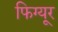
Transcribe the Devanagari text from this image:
फिग्यूर